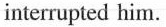
interrupted him.